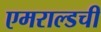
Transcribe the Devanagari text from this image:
एमराल्डची